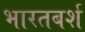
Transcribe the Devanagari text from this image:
भारतबर्श